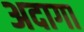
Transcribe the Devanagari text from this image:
अदागा